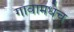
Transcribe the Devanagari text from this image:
गावामधेच